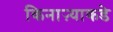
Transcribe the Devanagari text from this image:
किनाऱ्याकडे